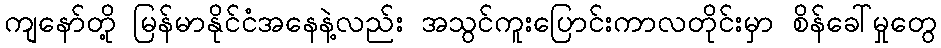
ကျနော်တို့ မြန်မာနိုင်ငံအနေနဲ့လည်း အသွင်ကူးပြောင်းကာလတိုင်းမှာ စိန်ခေါ်မှုတွေ